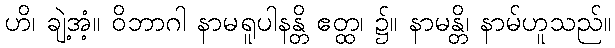
ဟိ၊ ချဲ့အံ့။ ဝိဘာဂါ နာမရူပါနန္တိ ဧတ္ထ၊ ၌။ နာမန္တိ၊ နာမ်ဟူသည်။